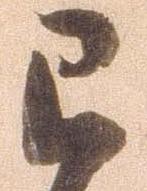
已